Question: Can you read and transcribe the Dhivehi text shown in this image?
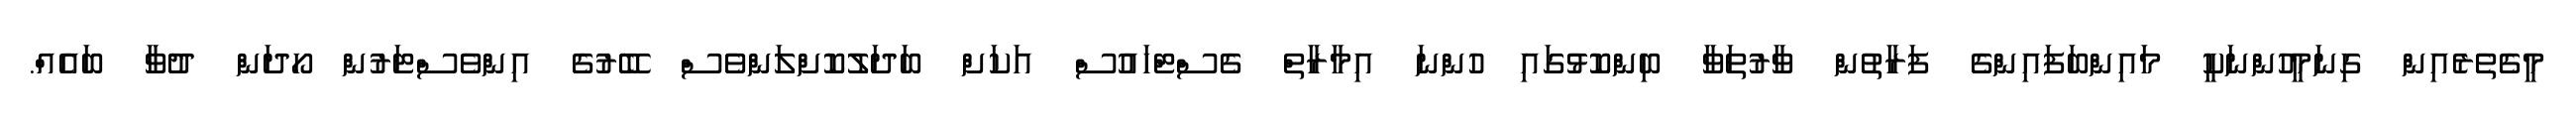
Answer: މީގެތެރެއިން ގިނަމީހުންނަކީ މައިންބަފައިންގެ ފަރާތުން ވާރުތަވާ ބިންކޮޅުގައި ހުންނަ އިމާރާތް ގެސްޓްހައުސް އަކަށް ބަދަލުކޮށްލަންވެސް ބޭރުގެ އިންވެސްޓަރުން ހޯދަން ދުވާ ބައެއް.